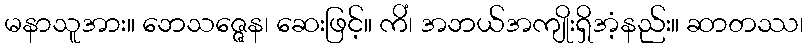
မနာသူအား။ ဘေသဇ္ဇေန၊ ဆေးဖြင့်။ ကိံ၊ အဘယ်အကျိုးရှိအံ့နည်း။ ဆာတဿ၊